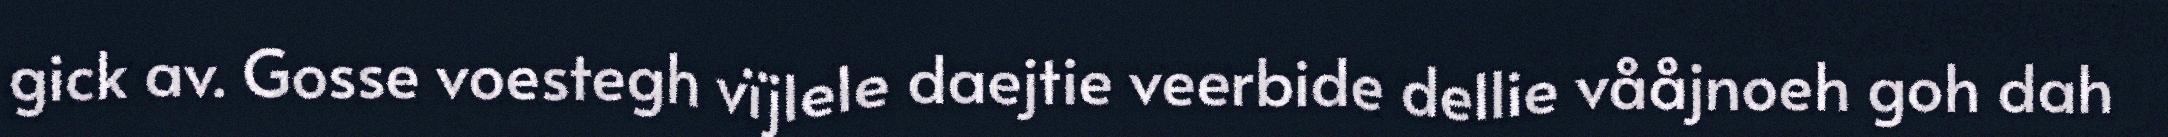
gick av. Gosse voestegh vïjlele daejtie veerbide dellie vååjnoeh goh dah